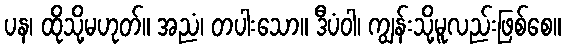
ပန၊ ထိုသို့မဟုတ်။ အညံ၊ တပါးသော။ ဒီပံဝါ၊ ကျွန်းသို့မူလည်းဖြစ်စေ။